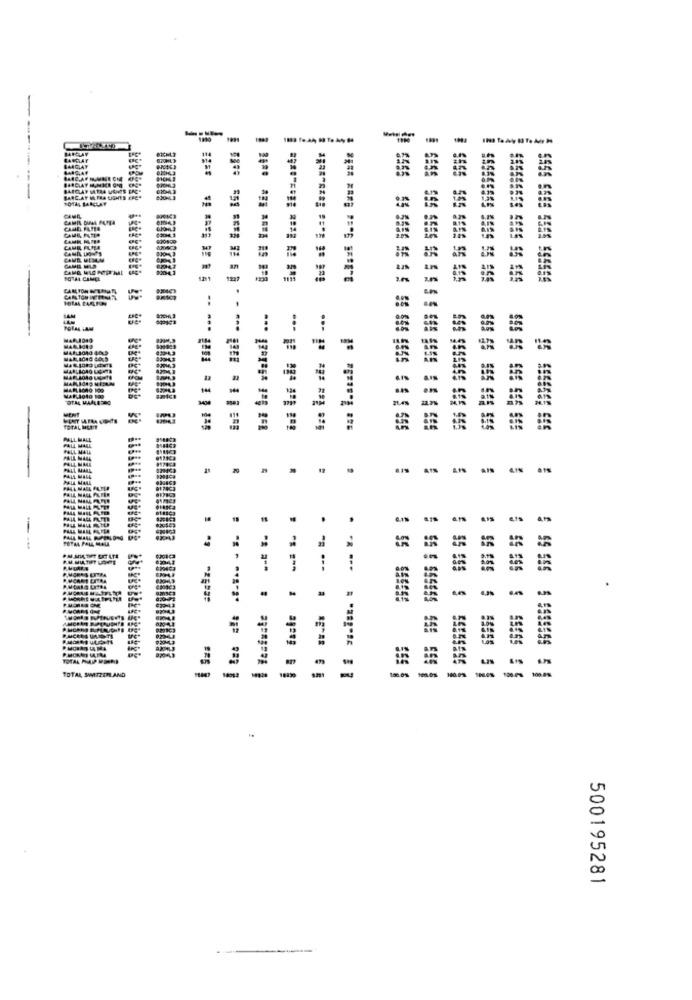
---------
BARCLAY MATRA VENTS ERC
BARCLAY ML.FRA UGHTS ERES
1014; BARCLAY
CAME FAIRE
CANA, DONT'S
CAMB MEILM
CAMO MICROITHAL
CARLTON FTEN
MICRO 100
TOTAL MENT
555 55 555 555 555
555 55 555 555 565
PALL MALL
PALL MALL
PALL MAME
LA MA44
TALL MAAL
AIN
PALL MALL
.
$ 55 555
: 55 555555
TOTAL MAP WERE
TOTAL SWITZER AND
...........
-
...... . ....
... . ....
-
500195281